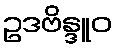
ဥဒဗိန္ဒူဝ